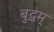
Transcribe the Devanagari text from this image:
बुद्धम्